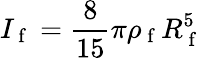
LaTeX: I_{\mathrm{~f~}}=\frac{8}{15}\pi\rho_{\mathrm{~f~}}R_{\mathrm{~f~}}^{5}